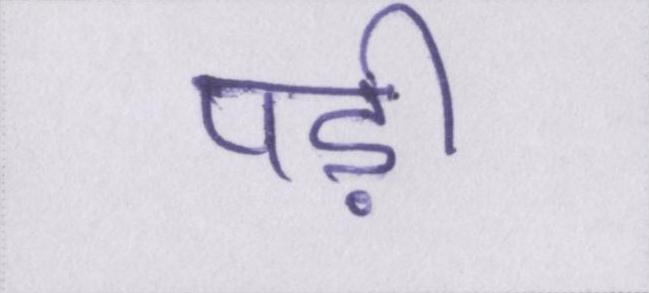
पड़ी।